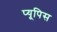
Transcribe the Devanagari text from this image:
प्यूपिस